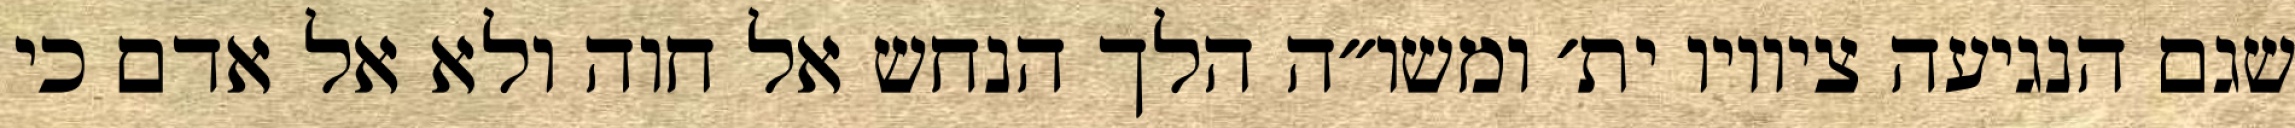
שגם הנגיעה ציוויו ית׳ ומשו״ה הלך הנחש אל חוה ולא אל אדם כי